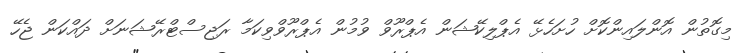
މިގޮތުން އޮންލައިންކޮށް ހުށަހެޅޭ އެޕްލިކޭޝަން އެޕްރޫވް ވުމުން އެޕްރޫވްވިކަމާ ރަޖިސްޓްރޭޝަނަށް ދައްކަން ޖެހޭ